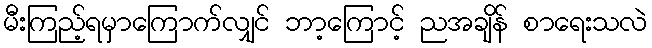
မီးကြည့်ရမှာကြောက်လျှင် ဘာ့ကြောင့် ညအချိန် စာရေးသလဲ